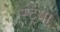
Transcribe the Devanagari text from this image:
स्ट्रेया